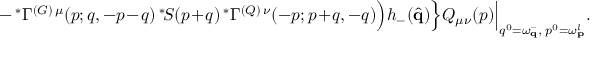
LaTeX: - \, ^ { \ast } \Gamma ^ { ( G ) \, \mu } ( p ; q , - p - q ) \, ^ { \ast } \! S ( p + q ) \, ^ { \ast } \Gamma ^ { ( Q ) \, \nu } ( - p ; p + q , - q ) \Big ) h _ { - } ( \hat { \bf q } ) \Big \} Q _ { \mu \nu } ( p ) \Big \vert _ { q ^ { 0 } = \omega _ { \bf q } ^ { - } , \; p ^ { 0 } = \omega _ { \mathbf p } ^ { l } } .